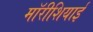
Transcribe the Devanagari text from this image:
मॉरीशियाई